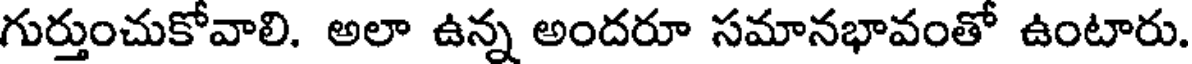
గుర్తుంచుకోవాలి. అలా ఉన్న అందరూ సమానభావంతో ఉంటారు.